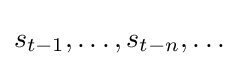
s_{t-1},\ldots ,s_{t-n},\ldots